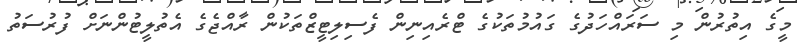
މީގެ އިތުރުން މި ސަރައްހަދުގެ ގައުމުތަކުގެ ޓްރެއިނިން ފެސިލިޓީޒްތަކުން ރާއްޖެގެ އެތުލީޓުންނަށް ފުރުސަތު